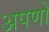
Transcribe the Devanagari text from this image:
अपणों